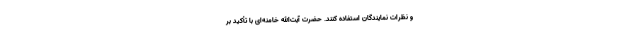
و نظرات نمایندگان استفاده کنند. حضرت آیت‌الله خامنه‌ای با تأکید بر